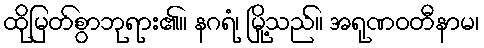
ထိုမြတ်စွာဘုရား၏။ နဂရံ၊ မြို့သည်။ အရုဏဝတီနာမ၊